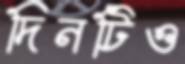
দিনটিও